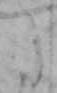
た